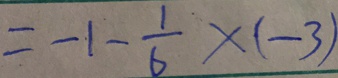
= - 1 - \frac { 1 } { 6 } \times ( - 3 )